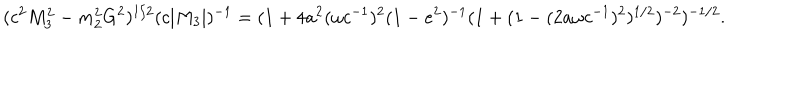
( c ^ { 2 } M _ { 3 } ^ { 2 } - m _ { 2 } ^ { 2 } G ^ { 2 } ) ^ { 1 / 2 } ( c | M _ { 3 } | ) ^ { - 1 } = ( 1 + 4 a ^ { 2 } ( \omega c ^ { - 1 } ) ^ { 2 } ( 1 - e ^ { 2 } ) ^ { - 1 } ( 1 + ( 1 - ( 2 a \omega c ^ { - 1 } ) ^ { 2 } ) ^ { 1 / 2 } ) ^ { - 2 } ) ^ { - 1 / 2 } .